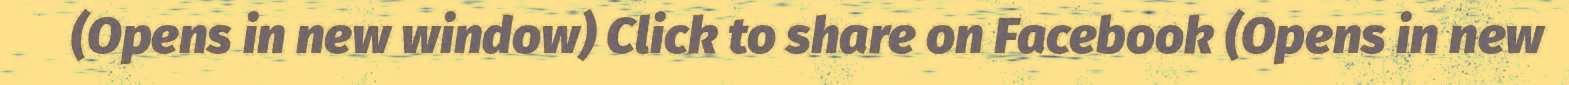
(Opens in new window) Click to share on Facebook (Opens in new